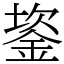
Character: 䤰